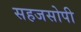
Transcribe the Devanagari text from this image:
सहजसोपी